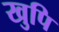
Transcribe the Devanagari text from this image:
खुपि